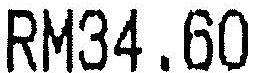
RM34.60